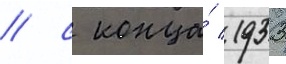
/ с конца́ 1933